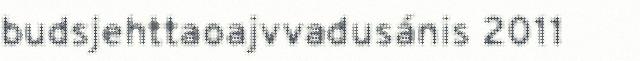
budsjehttaoajvvadusánis 2011